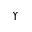
\Upsilon